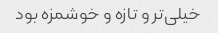
خیلی‌تر و تازه و خوشمزه بود